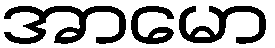
အာမော